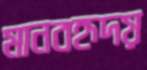
মানবহৃদয়